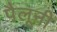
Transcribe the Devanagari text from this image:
पैलूनी